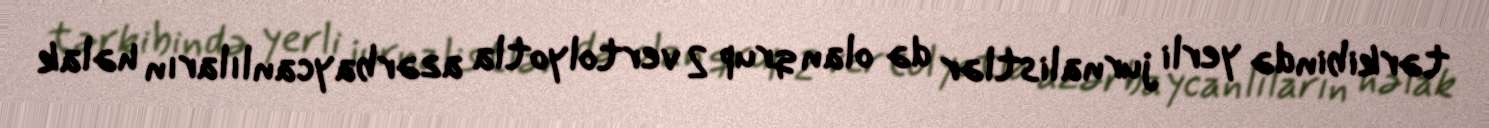
tərkibində yerli jurnalistlər də olan qrup 2 vertolyotla azərbaycanlıların həlak